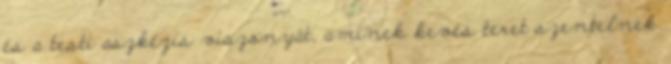
és a testi aszkézis viszonyát, aminek kevés teret szentelnek